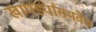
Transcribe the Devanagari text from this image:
खापर्ड्यांसमवेत